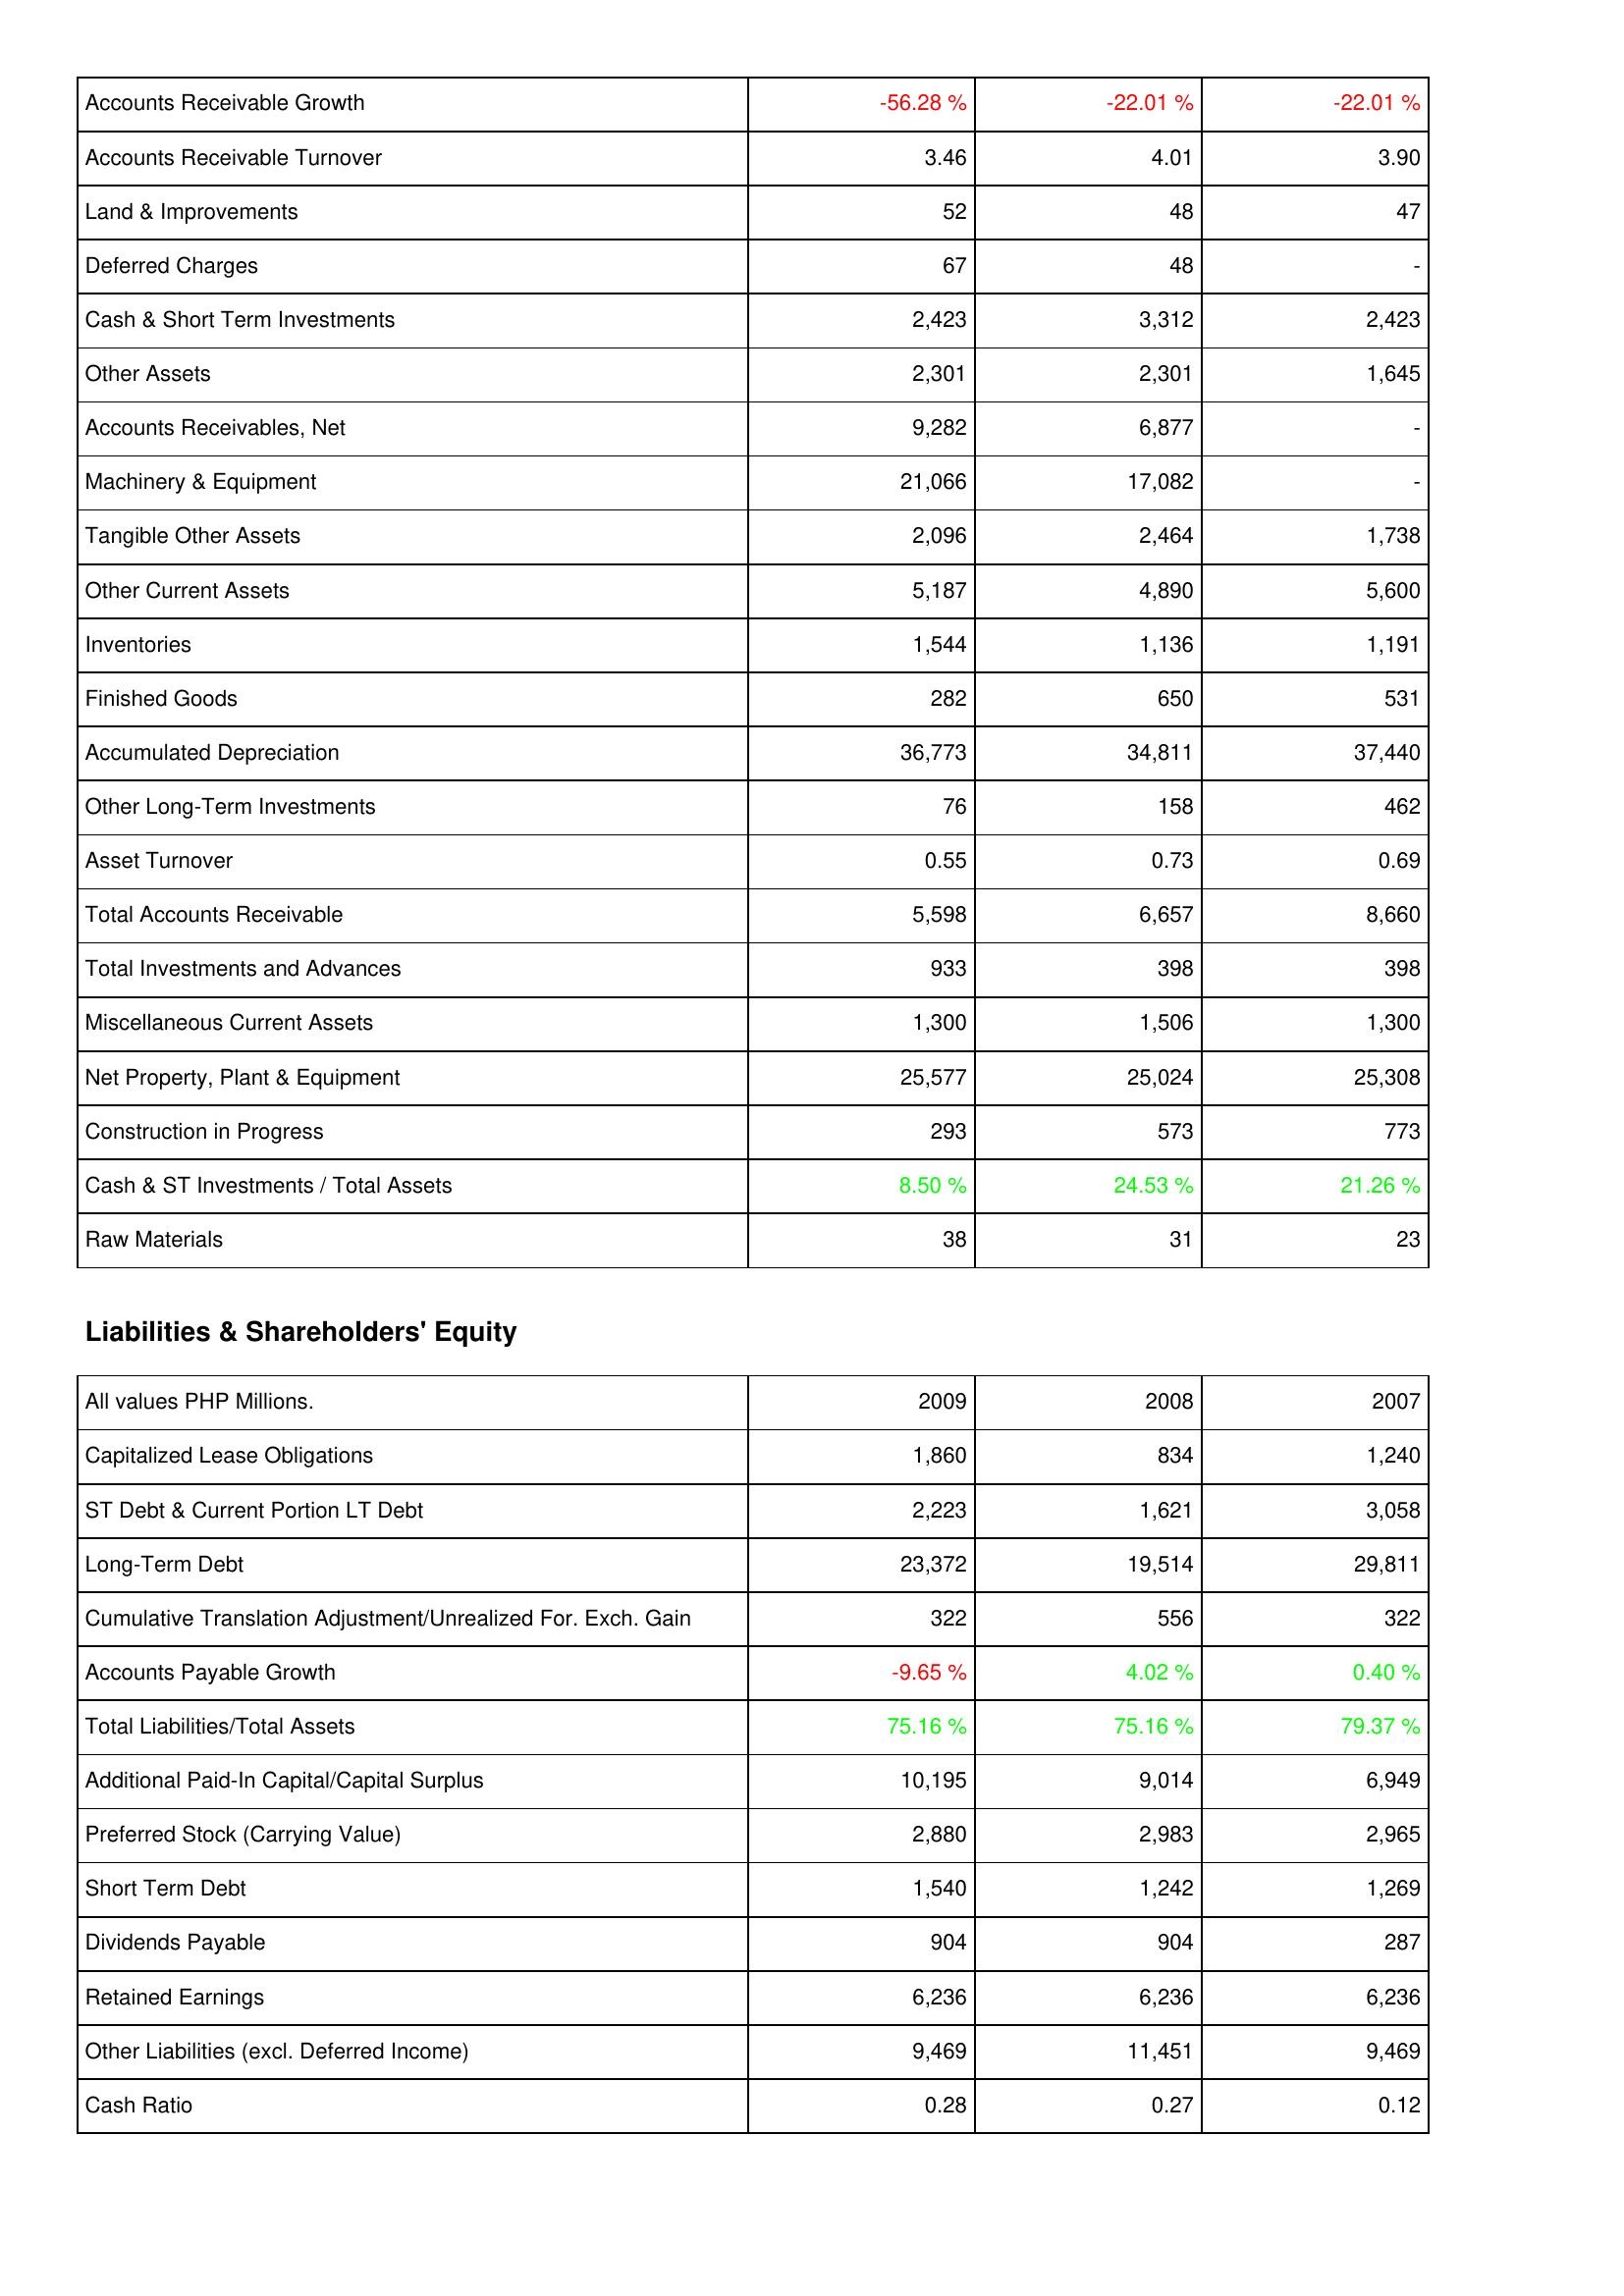
2009: Assets: Accounts Receivable Growth: -56.28 %
Accounts Receivable Turnover: 3.46
Land & Improvements: 52
Deferred Charges: 67
Cash & Short Term Investments: 2,423
Other Assets: 2,301
Accounts Receivables, Net: 9,282
Machinery & Equipment: 21,066
Tangible Other Assets: 2,096
Other Current Assets: 5,187
Inventories: 1,544
Finished Goods: 282
Accumulated Depreciation: 36,773
Other Long-Term Investments: 76
Asset Turnover: 0.55
Total Accounts Receivable: 5,598
Total Investments and Advances: 933
Miscellaneous Current Assets: 1,300
Net Property, Plant & Equipment: 25,577
Construction in Progress: 293
Cash & ST Investments / Total Assets: 8.50 %
Raw Materials: 38
Liabilities & Shareholders' Equity: Capitalized Lease Obligations: 1,860
ST Debt & Current Portion LT Debt: 2,223
Long-Term Debt: 23,372
Cumulative Translation Adjustment/Unrealized For. Exch. Gain: 322
Accounts Payable Growth: -9.65 %
Total Liabilities/Total Assets: 75.16 %
Additional Paid-In Capital/Capital Surplus: 10,195
Preferred Stock (Carrying Value): 2,880
Short Term Debt: 1,540
Dividends Payable: 904
Retained Earnings: 6,236
Other Liabilities (excl. Deferred Income): 9,469
Cash Ratio: 0.28
2008: Assets: Accounts Receivable Growth: -22.01 %
Accounts Receivable Turnover: 4.01
Land & Improvements: 48
Deferred Charges: 48
Cash & Short Term Investments: 3,312
Other Assets: 2,301
Accounts Receivables, Net: 6,877
Machinery & Equipment: 17,082
Tangible Other Assets: 2,464
Other Current Assets: 4,890
Inventories: 1,136
Finished Goods: 650
Accumulated Depreciation: 34,811
Other Long-Term Investments: 158
Asset Turnover: 0.73
Total Accounts Receivable: 6,657
Total Investments and Advances: 398
Miscellaneous Current Assets: 1,506
Net Property, Plant & Equipment: 25,024
Construction in Progress: 573
Cash & ST Investments / Total Assets: 24.53 %
Raw Materials: 31
Liabilities & Shareholders' Equity: Capitalized Lease Obligations: 834
ST Debt & Current Portion LT Debt: 1,621
Long-Term Debt: 19,514
Cumulative Translation Adjustment/Unrealized For. Exch. Gain: 556
Accounts Payable Growth: 4.02 %
Total Liabilities/Total Assets: 75.16 %
Additional Paid-In Capital/Capital Surplus: 9,014
Preferred Stock (Carrying Value): 2,983
Short Term Debt: 1,242
Dividends Payable: 904
Retained Earnings: 6,236
Other Liabilities (excl. Deferred Income): 11,451
Cash Ratio: 0.27
2007: Assets: Accounts Receivable Growth: -22.01 %
Accounts Receivable Turnover: 3.90
Land & Improvements: 47
Deferred Charges: -
Cash & Short Term Investments: 2,423
Other Assets: 1,645
Accounts Receivables, Net: -
Machinery & Equipment: -
Tangible Other Assets: 1,738
Other Current Assets: 5,600
Inventories: 1,191
Finished Goods: 531
Accumulated Depreciation: 37,440
Other Long-Term Investments: 462
Asset Turnover: 0.69
Total Accounts Receivable: 8,660
Total Investments and Advances: 398
Miscellaneous Current Assets: 1,300
Net Property, Plant & Equipment: 25,308
Construction in Progress: 773
Cash & ST Investments / Total Assets: 21.26 %
Raw Materials: 23
Liabilities & Shareholders' Equity: Capitalized Lease Obligations: 1,240
ST Debt & Current Portion LT Debt: 3,058
Long-Term Debt: 29,811
Cumulative Translation Adjustment/Unrealized For. Exch. Gain: 322
Accounts Payable Growth: 0.40 %
Total Liabilities/Total Assets: 79.37 %
Additional Paid-In Capital/Capital Surplus: 6,949
Preferred Stock (Carrying Value): 2,965
Short Term Debt: 1,269
Dividends Payable: 287
Retained Earnings: 6,236
Other Liabilities (excl. Deferred Income): 9,469
Cash Ratio: 0.12